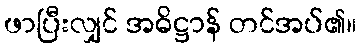
ဖာပြီးလျှင် အဓိဋ္ဌာန် တင်အပ်၏။